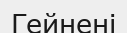
Гейнені